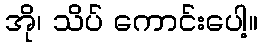
အို၊ သိပ် ကောင်းပေါ့။